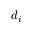
d _ { i }